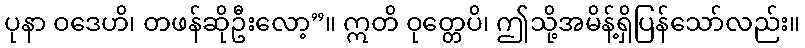
ပုနာ ဝဒေဟိ၊ တဖန်ဆိုဦးလော့”။ ဣတိ ဝုတ္တေပိ၊ ဤသို့အမိန့်ရှိပြန်သော်လည်း။